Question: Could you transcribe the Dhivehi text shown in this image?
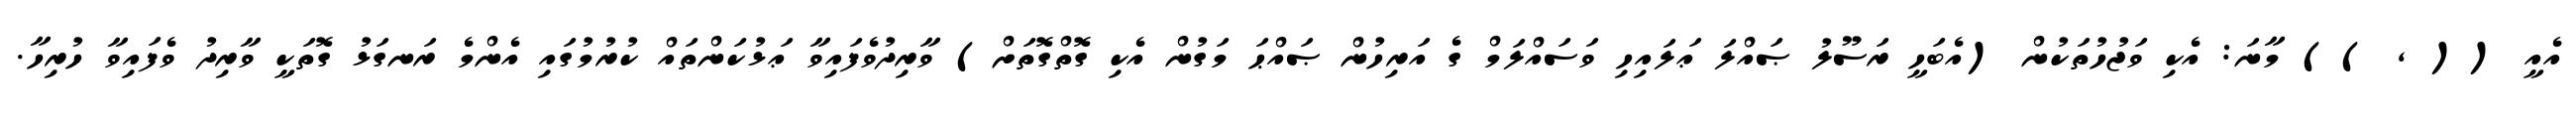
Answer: އެއީ (( , )) މާނަ: އެކި ވަޖުހުތަކުން (އެބަހީ ރަސޫލު ޞައްލަ ޢަލައިހި ވަސައްލަމް ގެ އަރިހުން ޞައްޙަ މަގުން އެކި ގޮތްގޮތަށް) ވާރިދުވެފައިވާ ޢަޅުކަންތައް ކުރުމުގައި އެންމެ ރަނގަޅު ގޮތަކީ ވާރިދު ވެފައިވާ ހުރިހާ.